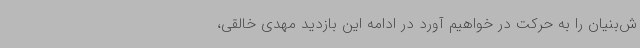
ش‌بنیان را به حرکت در خواهیم آورد در ادامه این بازدید مهدی خالقی،